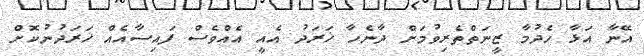
އޭނާ އަޅާ ހެދުމާ ޒީނަތްތެރިވުމަށް ދާނެހާ ޚަރަދު އެއީ އެއްވެސް ފައިސާއެއް ޚަރަދުނުކޮށް